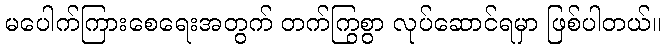
မပေါက်ကြားစေရေးအတွက် တက်ကြွစွာ လုပ်ဆောင်ရမှာ ဖြစ်ပါတယ်။